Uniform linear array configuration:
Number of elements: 48
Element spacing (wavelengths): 1
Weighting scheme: kaiser
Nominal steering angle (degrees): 30
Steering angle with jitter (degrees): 30.682
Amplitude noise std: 0.05
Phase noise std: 0.05

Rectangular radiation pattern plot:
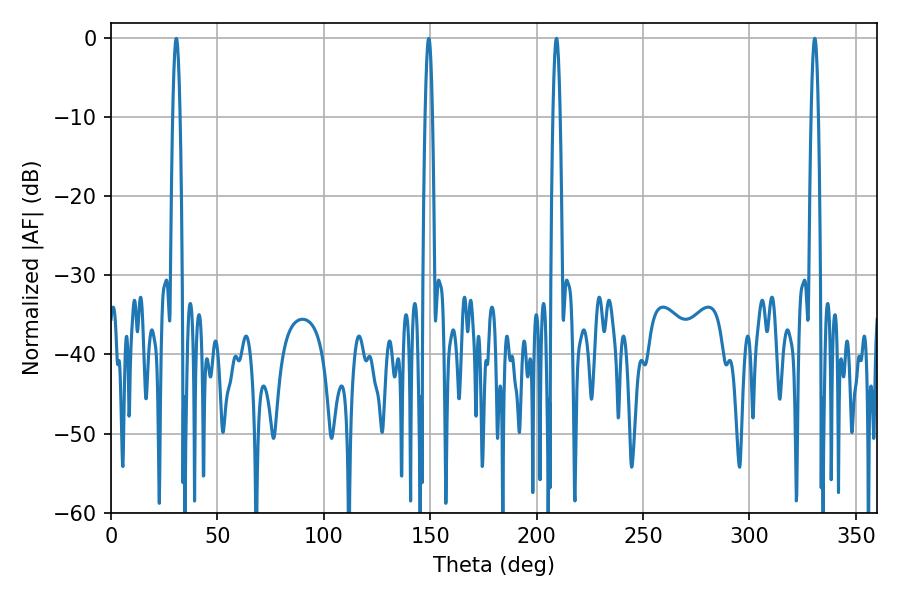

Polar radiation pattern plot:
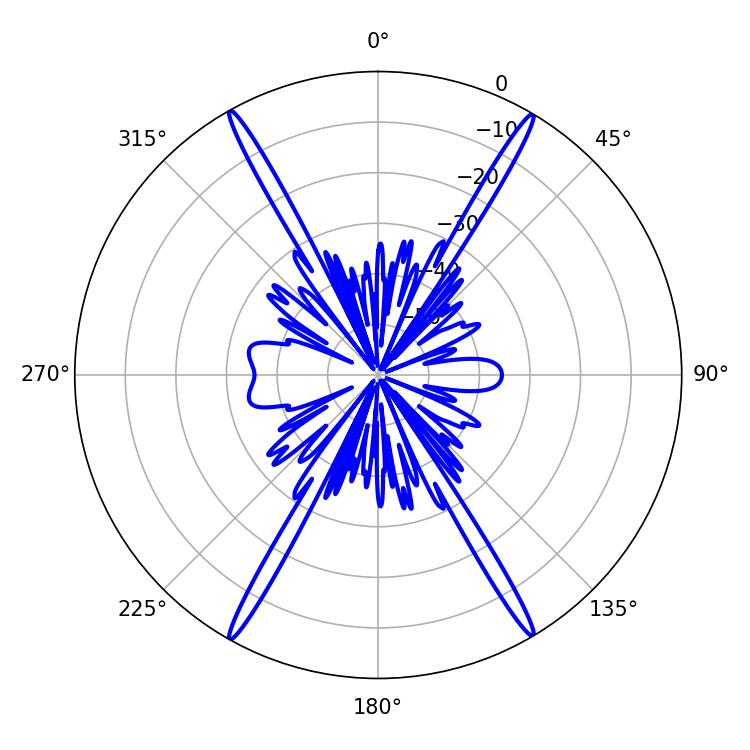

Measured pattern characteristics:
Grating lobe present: TRUE
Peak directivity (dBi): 30.41
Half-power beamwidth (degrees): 1.8
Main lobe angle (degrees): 330.66